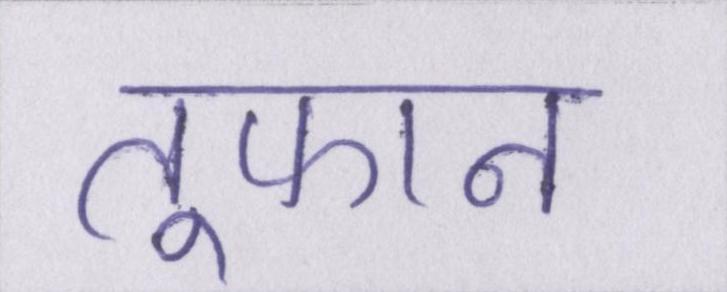
तूफान